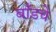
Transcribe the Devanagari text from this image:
बाँडचे